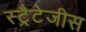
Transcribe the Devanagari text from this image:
स्ट्रैटेजीस